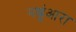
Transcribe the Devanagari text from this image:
मछुंआरा